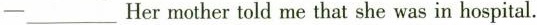
-___Her mother told me that she was in hospital.